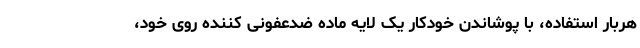
هربار استفاده، با پوشاندن خودکار یک لایه ماده ضدعفونی کننده روی خود،